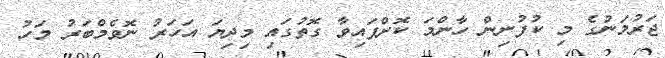
ޖަރުމަނުގެ މި ކުފުނިން ހާންމަ ކޮށްފައިވާ ގޮތުގައި މިދިޔަ އަހަރު ނޮވެމްބަރު މަހު